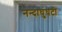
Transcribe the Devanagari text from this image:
नन्दाघंुघटी